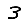
Digit: 3